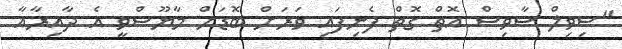
"ސިވިލް ސާވިސް އޮތް ގޮތް ފެނިފައި ވަރަށް ބޮޑަށް މާޔޫސްވީ އެ ދާއިރާއާ